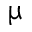
\upmu